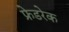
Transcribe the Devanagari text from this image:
फ्रेडरेक